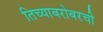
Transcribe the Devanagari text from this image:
तिच्याबरोबरची